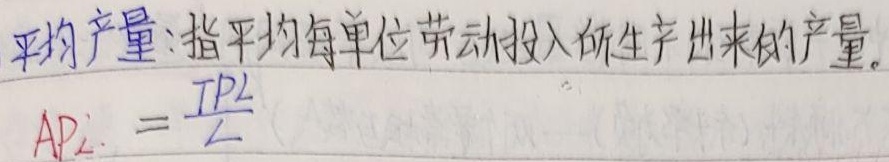
平均产量：指平均每单位劳动投入所生产出来的产量。
\[
AP_{\text{L}}=\frac{TP_{\text{L}}}{L}
\]